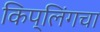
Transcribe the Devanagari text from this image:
किप्लिंगचा